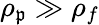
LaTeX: \rho_{\mathfrak{p}}\gg\rho_{f}